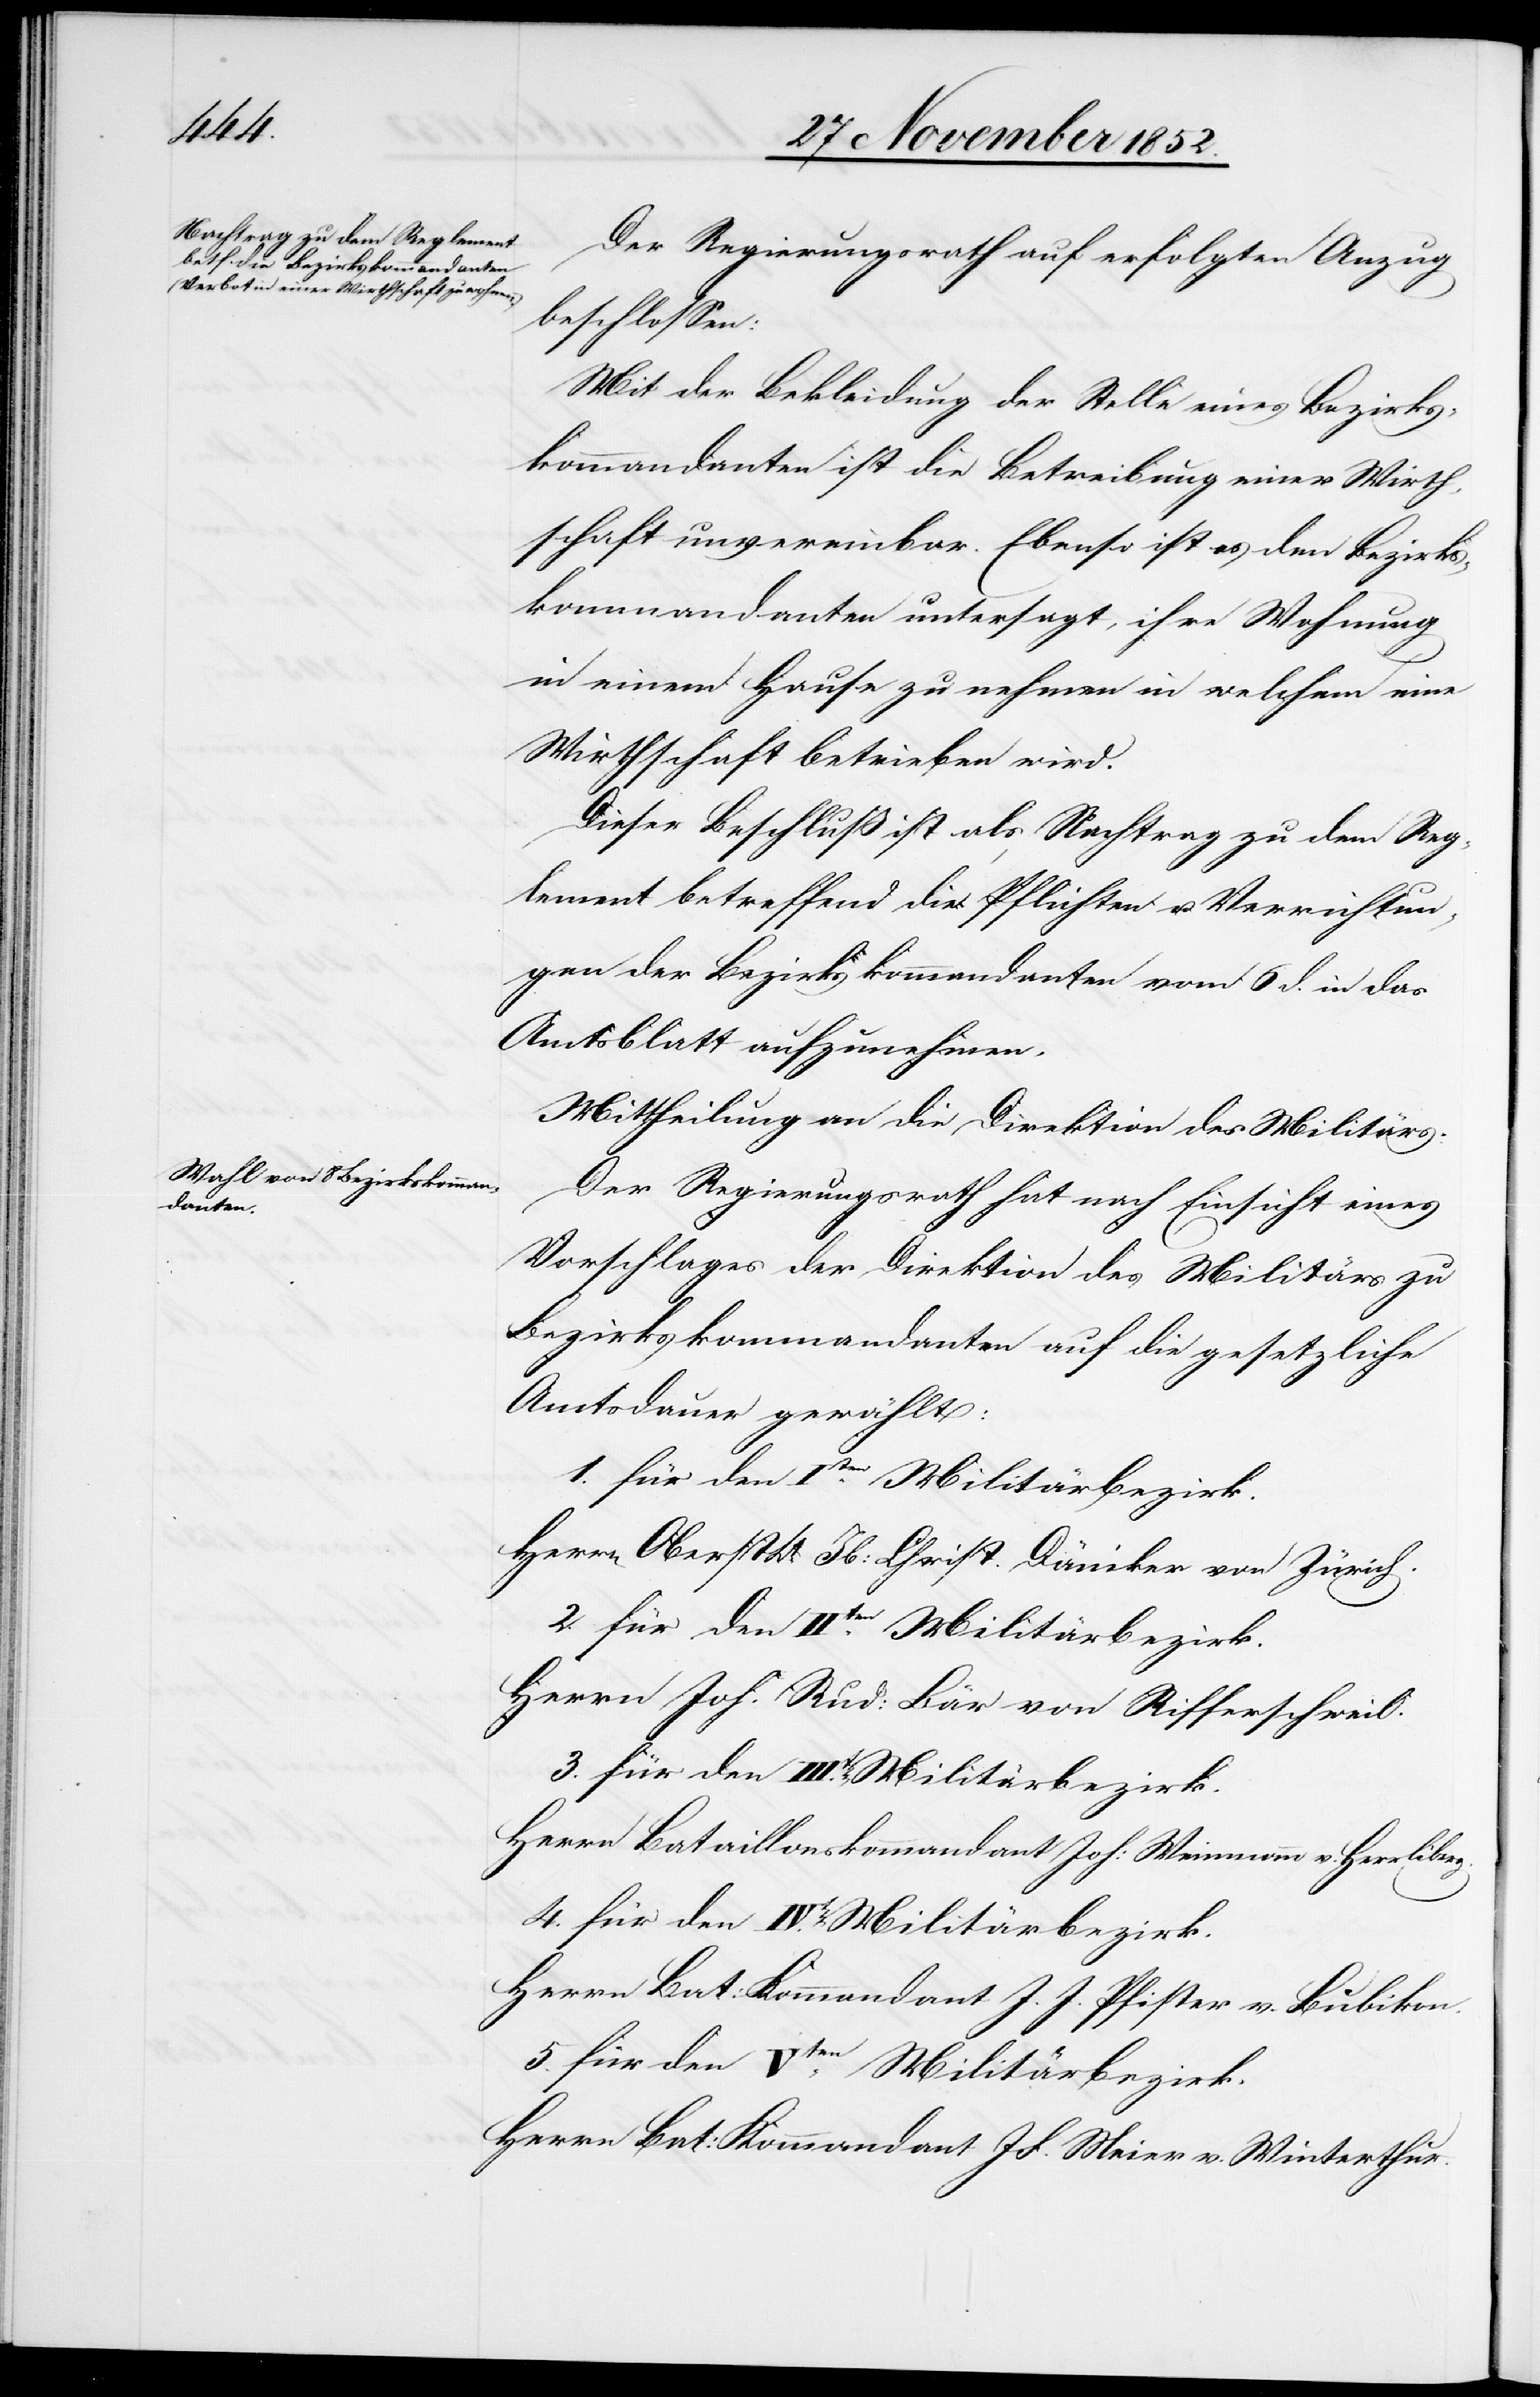
Der Regierungsrath [hat] auf erfolgten Anzug
beschlossen:
Mit der Bekleidung der Stelle eines Bezirks¬
kommandanten ist die Betreibung einer Wirth¬
schaft unvereinbar. Ebenso ist es den Bezirks¬
kommandanten untersagt, ihre Wohnung
in einem Hause zu nehmen in welchem eine
Wirthschaft betrieben wird.
Dieser Beschluß ist als Nachtrag zu dem Reg¬
lement betreffend die Pflichten u. Verrichtun¬
gen der Bezirkskommandanten vom 6 d. in das
Amtsblatt aufzunehmen.
Mittheilung an die Direktion des Militärs.
Der Regierungsrath hat nach Einsicht eines
Vorschlages der Direktion des Militärs zu
Bezirkskommandanten auf die gesetzliche
Amtsdauer gewählt:
1. für den Iten. Militärbezirk.
Herrn Oberst Lt. Jb: Christ. Däniker von Zürich.
4. für den IVten. Militärbezirk.
Herrn Joh. Rud: Bär von Rifferschweil.
Herrn Bataillonskommandant Joh: Weinmann v. Herrliberg.
Herrn Bat: Kommandant J. J. Pfister v. Bubikon.
5. für den Vten. Militärbezirk.
Herrn Bat: Kommandant J F. Meier v. Winterthur.